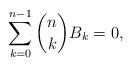
LaTeX: \begin{align*} \sum_{k=0}^{n-1} \binom{n}{k} B_{k}=0, \end{align*}